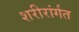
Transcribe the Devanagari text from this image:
शरीरांर्गत